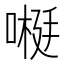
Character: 𫫕